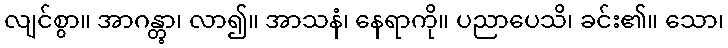
လျင်စွာ။ အာဂန္တွာ၊ လာ၍။ အာသနံ၊ နေရာကို။ ပညာပေသိ၊ ခင်း၏။ သော၊